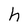
Character: h